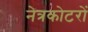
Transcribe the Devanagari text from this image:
नेत्रकोटरों